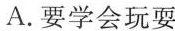
A.要学会玩耍